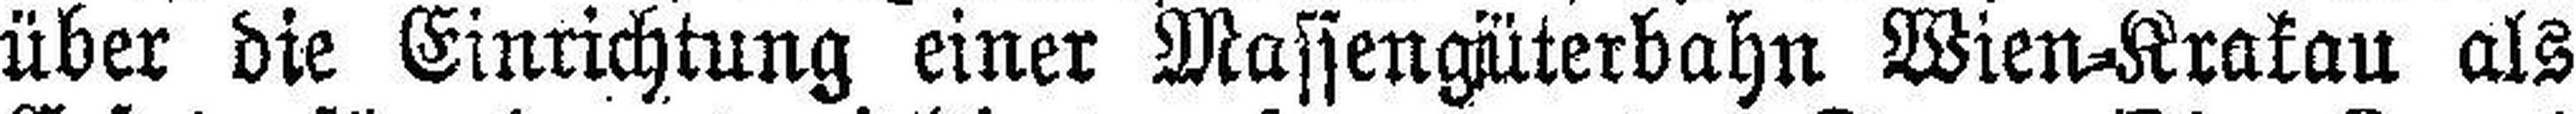
über die Einrichtung einer Massengüterbahn Wien=Krakau als